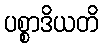
ပစ္စာဒိယတိ